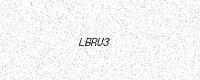
Text: LBRU3